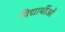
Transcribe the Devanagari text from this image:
विद्यार्थीओं